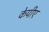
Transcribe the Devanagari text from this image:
केपीए